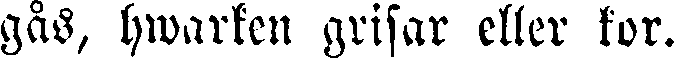
gås, hwarken grisar eller kor.